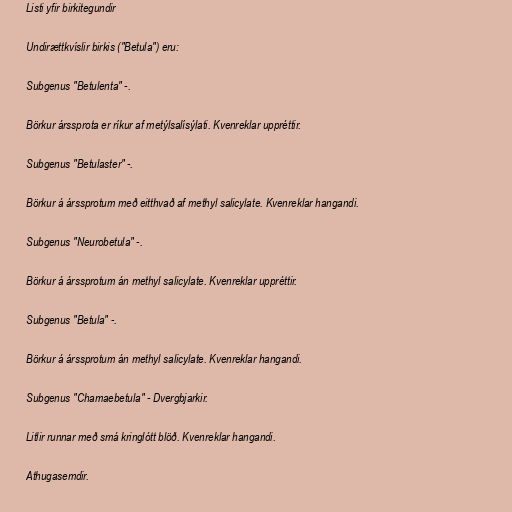
Listi yfir birkitegundir

Undirættkvíslir birkis ("Betula") eru:

Subgenus "Betulenta" -.

Börkur árssprota er ríkur af metýlsalísýlati. Kvenreklar uppréttir.

Subgenus "Betulaster" -.

Börkur á árssprotum með eitthvað af methyl salicylate. Kvenreklar hangandi.

Subgenus "Neurobetula" -.

Börkur á árssprotum án methyl salicylate. Kvenreklar uppréttir.

Subgenus "Betula" -.

Börkur á árssprotum án methyl salicylate. Kvenreklar hangandi.

Subgenus "Chamaebetula" - Dvergbjarkir.

Litlir runnar með smá kringlótt blöð. Kvenreklar hangandi.

Athugasemdir.